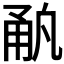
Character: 𰢳